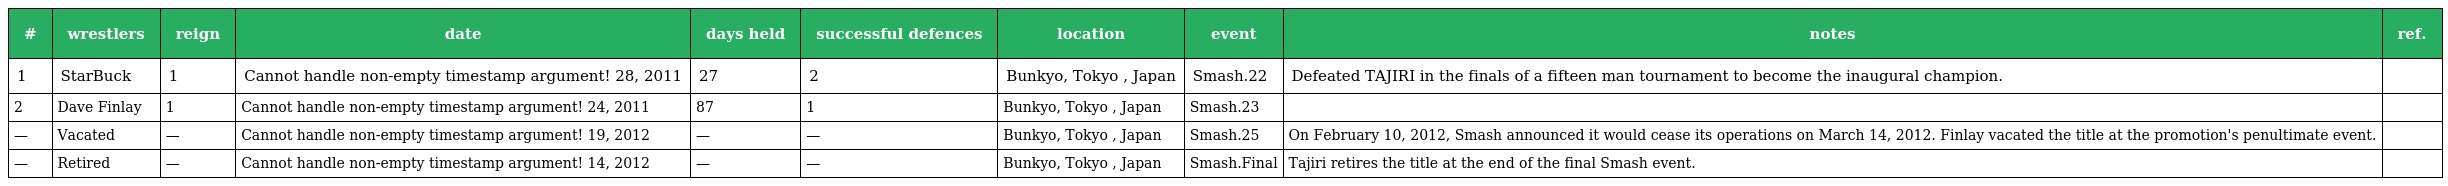
| # | wrestlers | reign | date | days held | successful defences | location | event | notes | ref. |
 | --- | --- | --- | --- | --- | --- | --- | --- | --- | --- |
 | 1 | StarBuck | 1 | Cannot handle non-empty timestamp argument! 28, 2011 | 27 | 2 | Bunkyo, Tokyo , Japan | Smash.22 | Defeated TAJIRI in the finals of a fifteen man tournament to become the inaugural champion. |  |
 | 2 | Dave Finlay | 1 | Cannot handle non-empty timestamp argument! 24, 2011 | 87 | 1 | Bunkyo, Tokyo , Japan | Smash.23 |  |  |
 | — | Vacated | — | Cannot handle non-empty timestamp argument! 19, 2012 | — | — | Bunkyo, Tokyo , Japan | Smash.25 | On February 10, 2012, Smash announced it would cease its operations on March 14, 2012. Finlay vacated the title at the promotion's penultimate event. |  |
 | — | Retired | — | Cannot handle non-empty timestamp argument! 14, 2012 | — | — | Bunkyo, Tokyo , Japan | Smash.Final | Tajiri retires the title at the end of the final Smash event. |  |